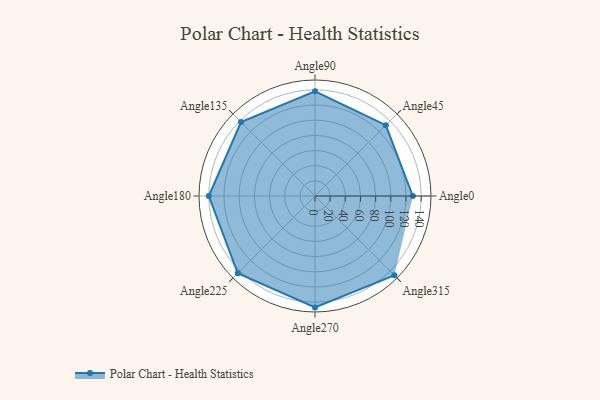
{"axis": {"x": "Angle", "y": "Radius"}, "legend": [""], "data": [{"x": "Angle0", "y": 129.0, "type": ""}, {"x": "Angle45", "y": 132.0, "type": ""}, {"x": "Angle90", "y": 138.0, "type": ""}, {"x": "Angle135", "y": 138.0, "type": ""}, {"x": "Angle180", "y": 140.0, "type": ""}, {"x": "Angle225", "y": 144.0, "type": ""}, {"x": "Angle270", "y": 147.0, "type": ""}, {"x": "Angle315", "y": 148.0, "type": ""}]}